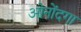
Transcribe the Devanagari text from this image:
ओनोंदगा